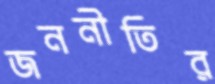
জননীতির